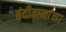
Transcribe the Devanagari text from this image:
बंदीवानांना